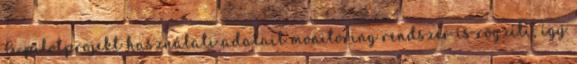
A pilotprojekt használati adatait monitoring rendszer is rögzíti, így